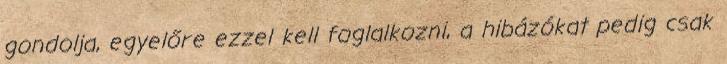
gondolja, egyelőre ezzel kell foglalkozni, a hibázókat pedig csak